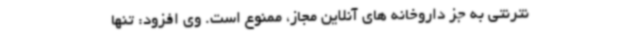
نترنتی به جز داروخانه های آنلاین مجاز، ممنوع است. وی افزود: تنها